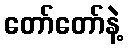
တော်တော်နဲ့